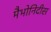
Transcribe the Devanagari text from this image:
मैभोनिदीस